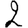
Digit: 2